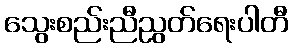
သွေးစည်းညီညွတ်ရေးပါတီ